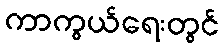
ကာကွယ်ရေးတွင်